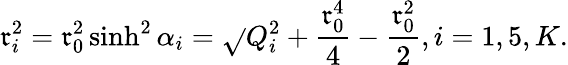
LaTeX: \mathfrak{r}_{i}^{2}=\mathfrak{r}_{0}^{2}\sinh^{2}\alpha_{i}=\sqrt{}{{Q_{i}^{2}+{\frac{{\mathfrak{r}_{0}^{4}}}{{4}}}}}-{\frac{{\mathfrak{r}_{0}^{2}}}{{2}}},i=1,5,K.